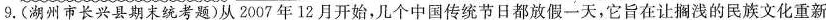
9.(湖州市长兴县期末统考题)从2007年12月开始，几个中国传统节日都放假一天，它旨在让搁浅的民族文化重新